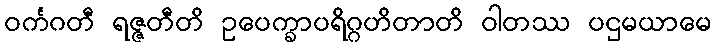
ဝင်္ကဂတီ ရဇ္ဇတီတိ ဥပေက္ခာပရိဂ္ဂဟိတာတိ ဝါတဿ ပဌမယာမေ